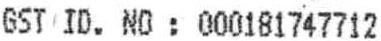
GST ID. NO : 000181747712